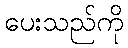
ပေးသည်ကို